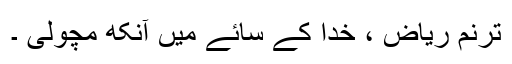
ترنم ریاض ، خدا کے سائے میں آنکھ مچولی ۔